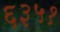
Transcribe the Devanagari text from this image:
६३५१